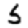
Digit: 5